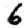
Digit: 6